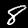
Digit: 8